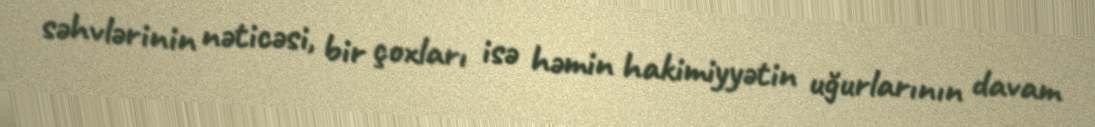
səhvlərinin nəticəsi, bir çoxları isə həmin hakimiyyətin uğurlarının davam